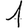
Digit: 1